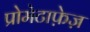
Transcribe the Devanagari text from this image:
प्रोमेटाफ़ेज़